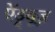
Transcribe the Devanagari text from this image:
ऐंड्र्यूज़